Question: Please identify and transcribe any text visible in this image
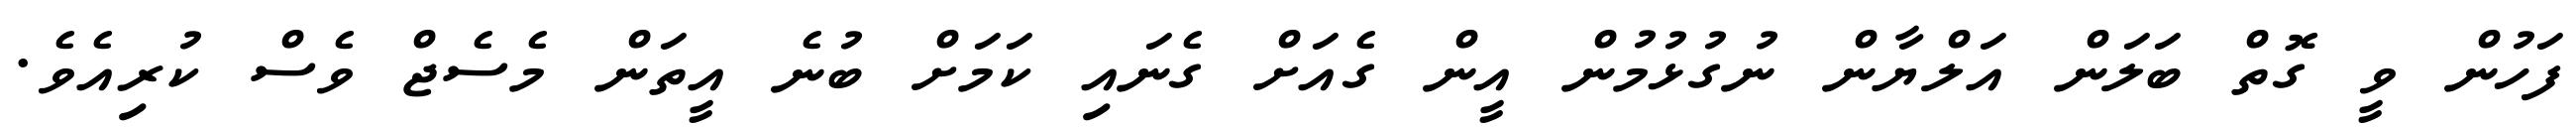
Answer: ފަހުން ވީ ގޮތް ބަލަން އަލްޔާން ނުގުޅުމުން އީން ގެއަށް ގެނައި ކަމަށް ބުނެ އީތަން މެސެޖް ވެސް ކުރިއެވެ.